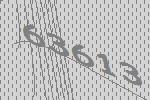
63613